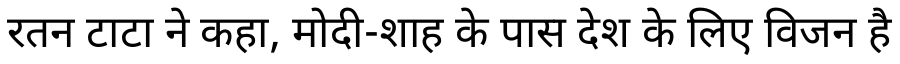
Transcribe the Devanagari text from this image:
रतन टाटा ने कहा, मोदी-शाह के पास देश के लिए विजन है